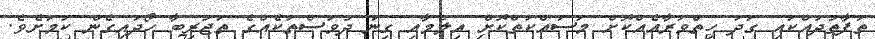
ތަފާތުދައްކައި ގަދަ ހިތްވަރާއެއްކޮށް މަސައްކަތްކޮށް އިލްމާއި ގިނަ ދުވަސްތަކެއްގެ ތަޖުރިބާ ހޯދައިގެން ކަމަށެވެ.